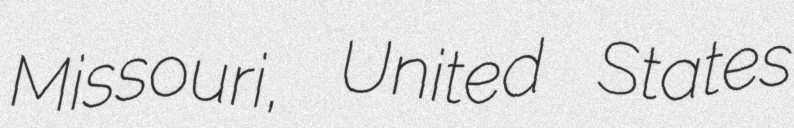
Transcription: Missouri, United States